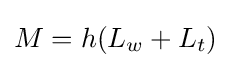
M=h(L_{w}+L_{t})\!